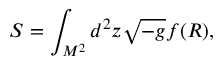
S = \int _ { M ^ { 2 } } ^ { } d ^ { 2 } z \sqrt { - g } f ( R ) ,